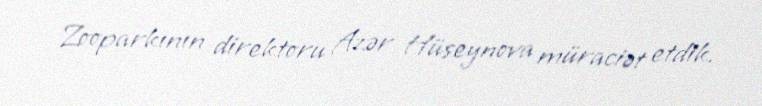
Zooparkının direktoru Azər Hüseynova müraciət etdik.